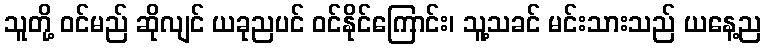
သူတို့ ဝင်မည် ဆိုလျင် ယခုညပင် ဝင်နိုင်ကြောင်း၊ သူ့သခင် မင်းသားသည် ယနေ့ည